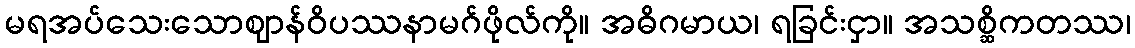
မရအပ်သေးသောဈာန်ဝိပဿနာမဂ်ဖိုလ်ကို။ အဓိဂမာယ၊ ရခြင်းငှာ။ အသစ္ဆိကတဿ၊